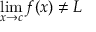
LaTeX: \operatorname* { l i m } _ { x \to c } f ( x ) \neq L